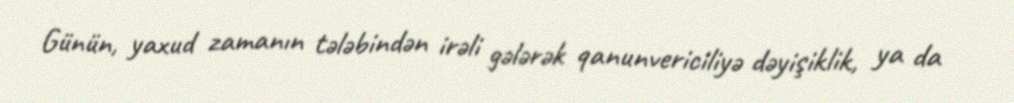
Günün, yaxud zamanın tələbindən irəli gələrək qanunvericiliyə dəyişiklik, ya da